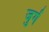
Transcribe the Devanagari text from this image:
जुर्ग